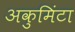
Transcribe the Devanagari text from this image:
अकुमिंटा